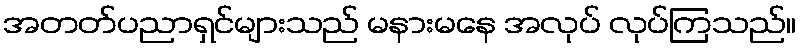
အတတ်ပညာရှင်များသည် မနားမနေ အလုပ် လုပ်ကြသည်။